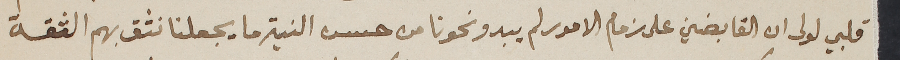
قلبي لولى ان القابضين على زمام الامور لم يبدو نحونا من حسن النية ما يجعلنا نثق بهم الثقة